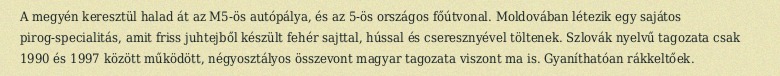
A megyén keresztül halad át az M5-ös autópálya, és az 5-ös országos főútvonal. Moldovában létezik egy sajátos pirog-specialitás, amit friss juhtejből készült fehér sajttal, hússal és cseresznyével töltenek. Szlovák nyelvű tagozata csak 1990 és 1997 között működött, négyosztályos összevont magyar tagozata viszont ma is. Gyaníthatóan rákkeltőek.